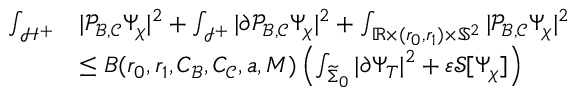
\begin{array} { r l } { \int _ { \mathcal { H } ^ { + } } } & { | \mathcal { P } _ { \mathcal { B } , \mathcal { C } } \Psi _ { \chi } | ^ { 2 } + \int _ { \mathcal { I } ^ { + } } | \partial \mathcal { P } _ { \mathcal { B } , \mathcal { C } } \Psi _ { \chi } | ^ { 2 } + \int _ { \mathbb { R } \times ( r _ { 0 } , r _ { 1 } ) \times \mathbb { S } ^ { 2 } } | \mathcal { P } _ { \mathcal { B } , \mathcal { C } } \Psi _ { \chi } | ^ { 2 } } \\ & { \leq B ( r _ { 0 } , r _ { 1 } , C _ { \mathcal { B } } , C _ { \mathcal { C } } , a , M ) \left( \int _ { \widetilde { \Sigma } _ { 0 } } | \partial \Psi _ { T } | ^ { 2 } + \varepsilon \mathcal { S } [ \Psi _ { \chi } ] \right) } \end{array}